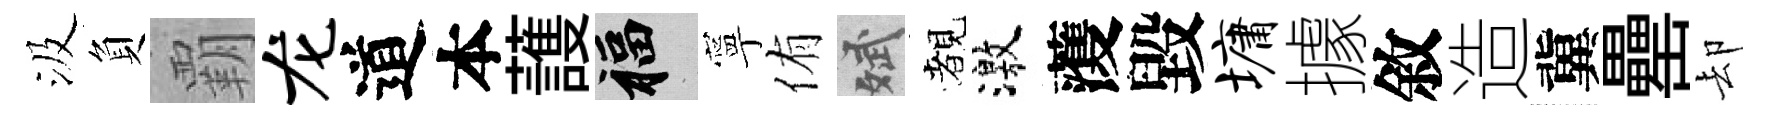
汲負覇龙道本䕶福寧侑斌覩激𮑮毀墉據敘造冀罍却